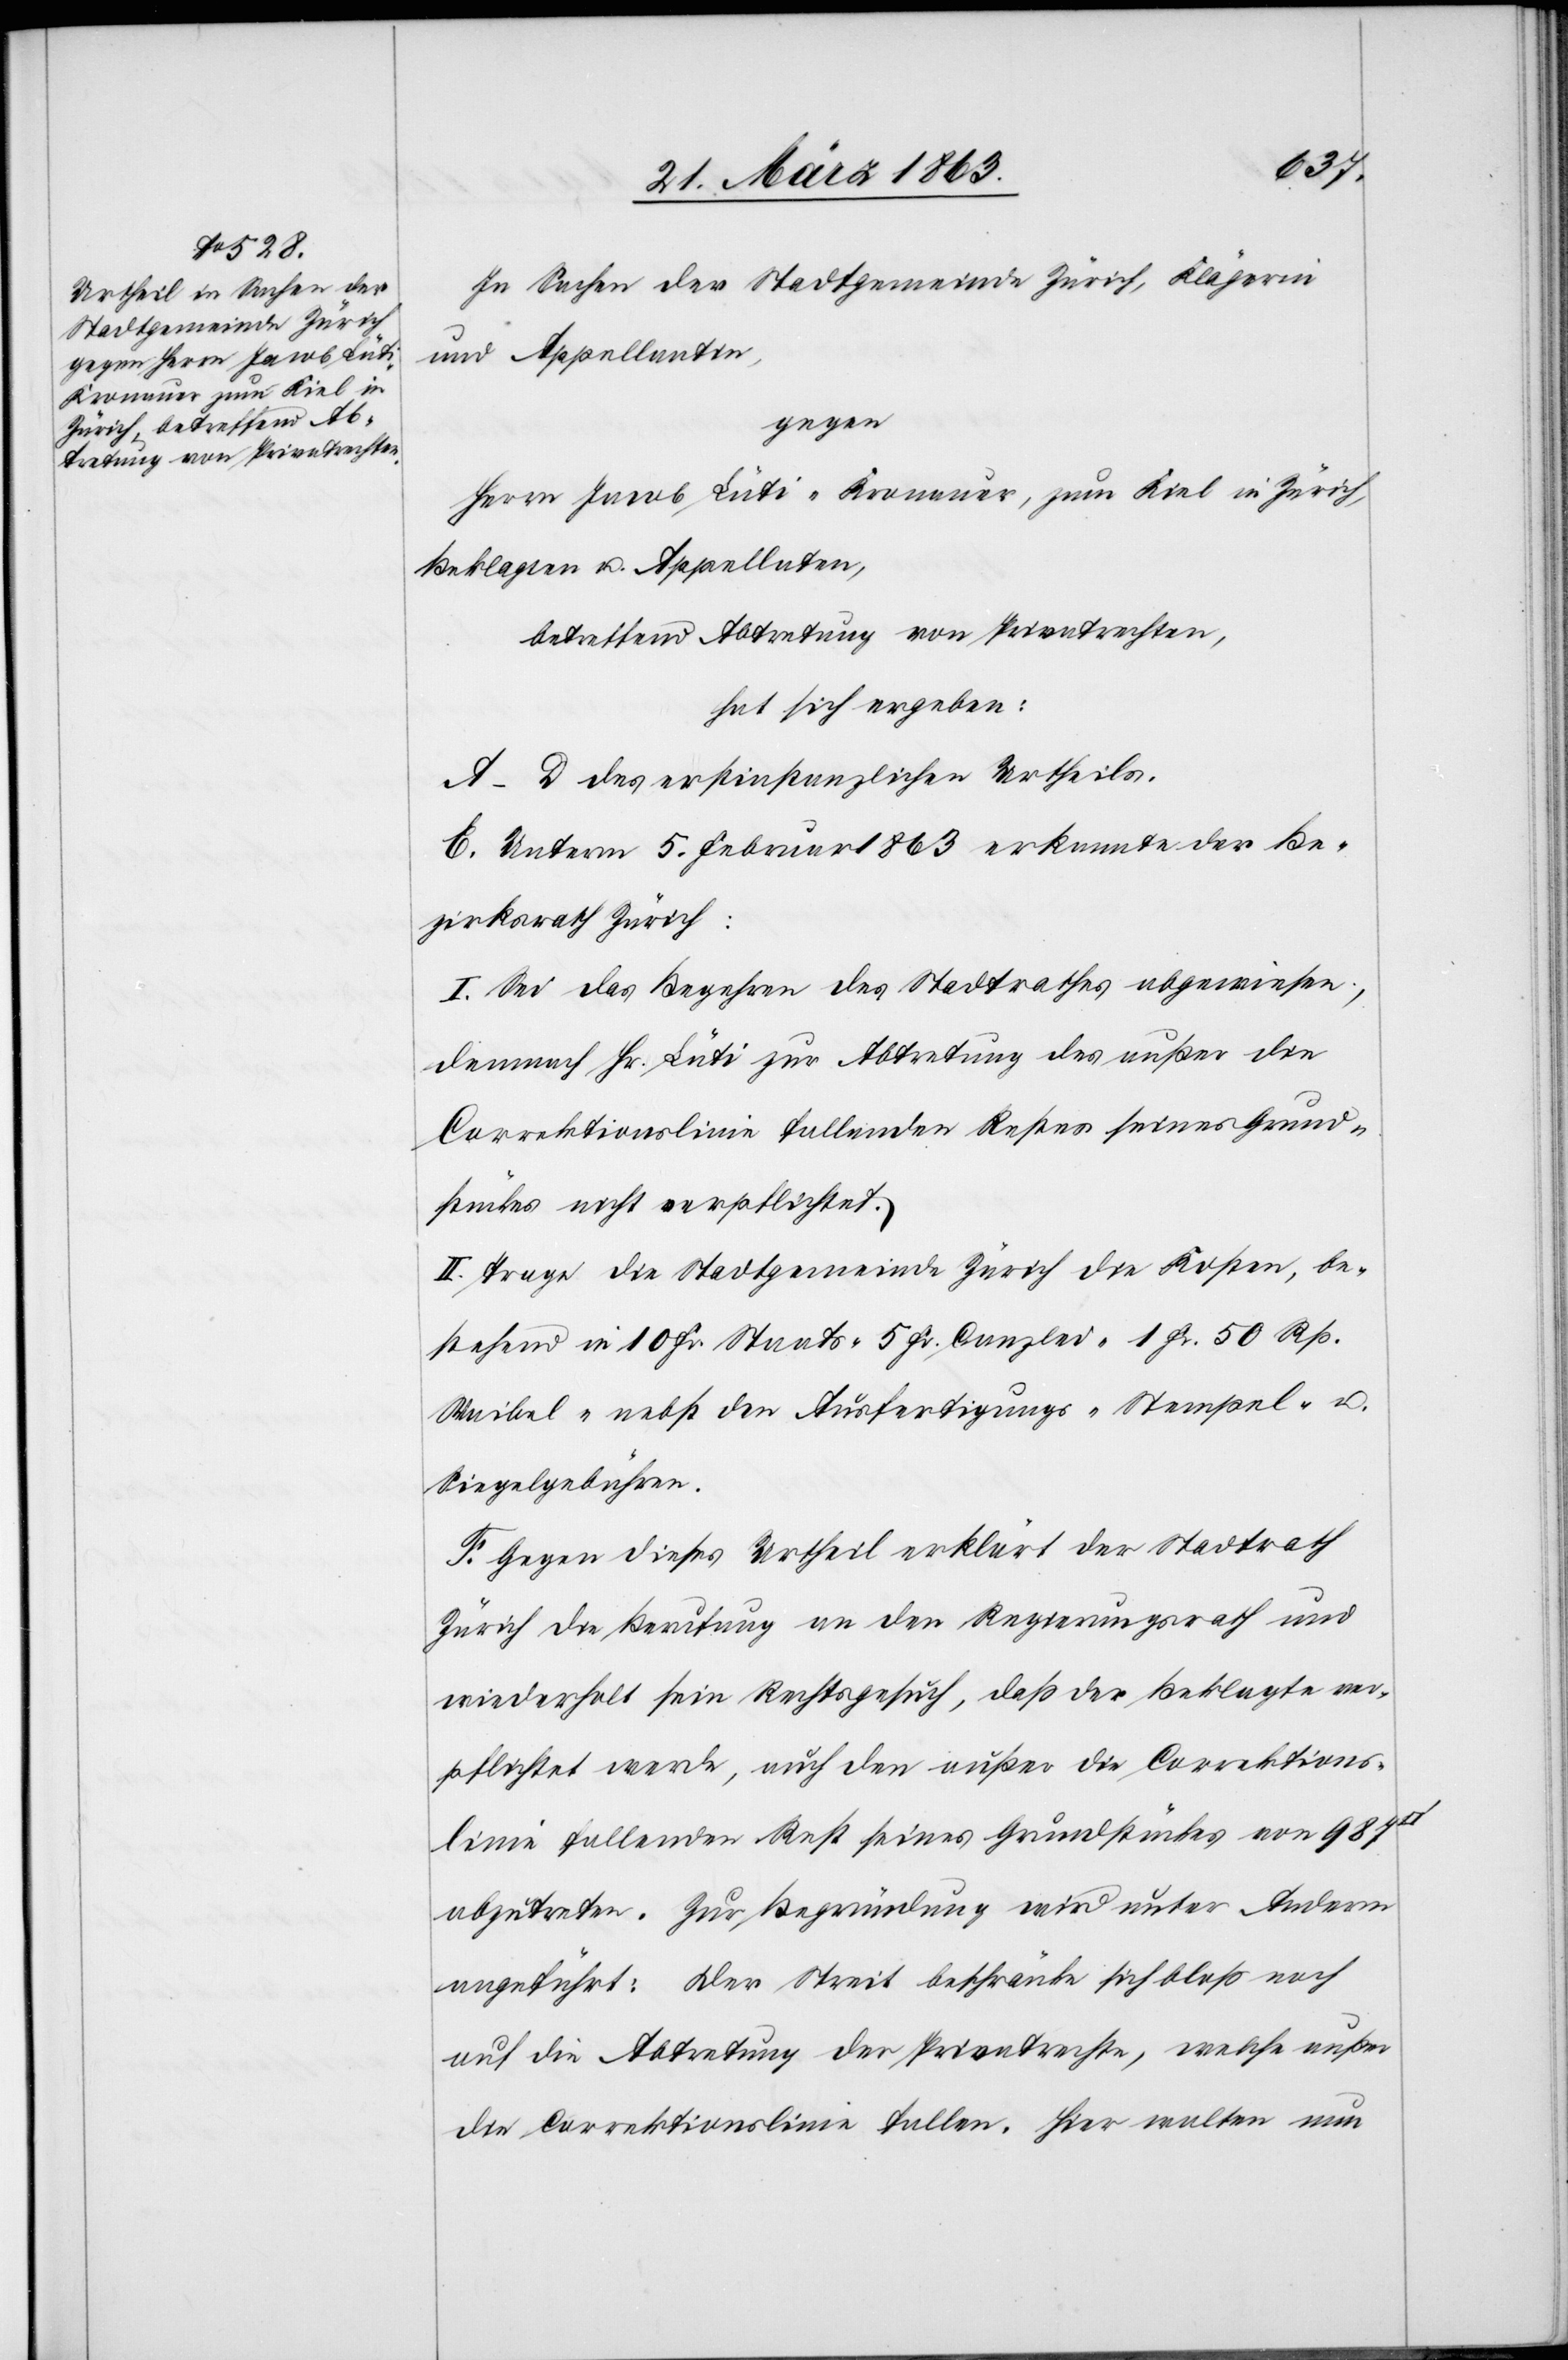
In Sachen der Stadtgemeinde Zürich, Klägerin
und Appellantin,
gegen
Herrn Jacob Lüti-Kronauer, zum Kiel in Zürich,
Beklagten u. Appellaten,
betreffend Abtretung von Privatrechten,
hat sich ergeben:
A–D des erstinstanzlichen Urtheils.
E. Unterm 5. Februar 1863 erkannte der Be¬
zirksrath Zürich:
I. Sei das Begehren des Stadtrathes abgewiesen,
demnach Hr. Lüti zur Abtretung des außer die
Correktionslinie fallenden Restes seines Grund¬
stückes nicht verpflichtet.
II. Trage die Stadtgemeinde Zürich die Kosten, be¬
stehend in 10 Fr. Staats-[,] 5 Fr. Canzlei-[,] 1 Fr. 50 Rp.
Waibel- nebst den Ausfertigungs-[,] Stempel- u.
Siegelgebühren.
F. Gegen dieses Urtheil erklärt der Stadtrath
Zürich die Berufung an den Regierungsrath und
wiederholt sein Rechtsgesuch, daß der Beklagte ver¬
pflichtet werde, auch den außer die Correktions¬
linie fallenden Rest seines Grundstückes von 987
abzutreten. Zur Begründung wird unter Anderm
angeführt: Der Streit beschränke sich bloß noch
auf die Abtretung der Privatrechte, welche außer
die Correktionslinie fallen. Hier walten nun